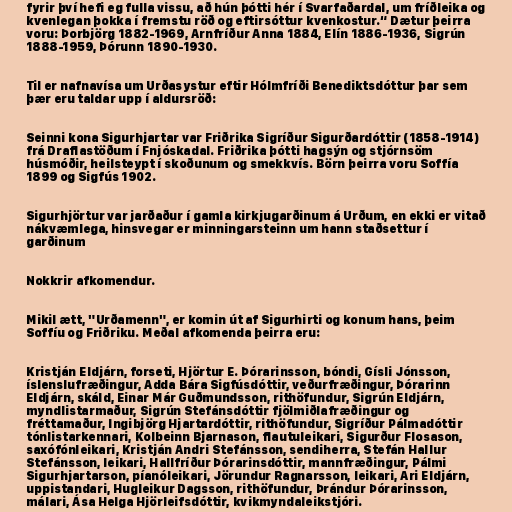
fyrir því hefi eg fulla vissu, að hún þótti hér í Svarfaðardal, um fríðleika og
kvenlegan þokka í fremstu röð og eftirsóttur kvenkostur.“ Dætur þeirra
voru: Þorbjörg 1882-1969, Arnfríður Anna 1884, Elín 1886-1936, Sigrún
1888-1959, Þórunn 1890-1930.

Til er nafnavísa um Urðasystur eftir Hólmfríði Benediktsdóttur þar sem
þær eru taldar upp í aldursröð:

Seinni kona Sigurhjartar var Friðrika Sigríður Sigurðardóttir (1858-1914)
frá Draflastöðum í Fnjóskadal. Friðrika þótti hagsýn og stjórnsöm
húsmóðir, heilsteypt í skoðunum og smekkvís. Börn þeirra voru Soffía
1899 og Sigfús 1902.

Sigurhjörtur var jarðaður í gamla kirkjugarðinum á Urðum, en ekki er vitað
nákvæmlega, hinsvegar er minningarsteinn um hann staðsettur í
garðinum

Nokkrir afkomendur.

Mikil ætt, "Urðamenn", er komin út af Sigurhirti og konum hans, þeim
Soffíu og Friðriku. Meðal afkomenda þeirra eru:

Kristján Eldjárn, forseti, Hjörtur E. Þórarinsson, bóndi, Gísli Jónsson,
íslenslufræðingur, Adda Bára Sigfúsdóttir, veðurfræðingur, Þórarinn
Eldjárn, skáld, Einar Már Guðmundsson, rithöfundur, Sigrún Eldjárn,
myndlistarmaður, Sigrún Stefánsdóttir fjölmiðlafræðingur og
fréttamaður, Ingibjörg Hjartardóttir, rithöfundur, Sigríður Pálmadóttir
tónlistarkennari, Kolbeinn Bjarnason, flautuleikari, Sigurður Flosason,
saxófónleikari, Kristján Andri Stefánsson, sendiherra, Stefán Hallur
Stefánsson, leikari, Hallfríður Þórarinsdóttir, mannfræðingur, Pálmi
Sigurhjartarson, píanóleikari, Jörundur Ragnarsson, leikari, Ari Eldjárn,
uppistandari, Hugleikur Dagsson, rithöfundur, Þrándur Þórarinsson,
málari, Ása Helga Hjörleifsdóttir, kvikmyndaleikstjóri.